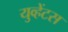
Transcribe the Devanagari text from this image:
युव्हेंटस